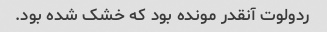
ردولوت آنقدر مونده بود که خشک شده بود.